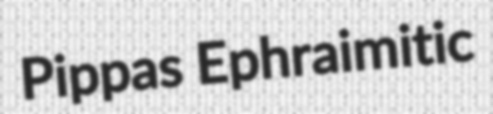
Pippas Ephraimitic